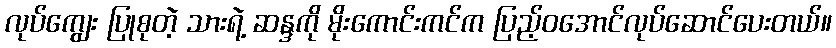
လုပ်ကျွေး ပြုစုတဲ့ သားရဲ့ ဆန္ဒကို မိုးကောင်းကင်က ပြည့်ဝအောင်လုပ်ဆောင်ပေးတယ်။